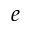
e